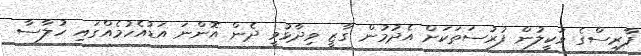
ފާރިސްގެ ވަކީލުން ފުރުސަތަކަށް އެދުމުން ގާޒީ ވިދާޅުވީ ދެން އޮންނަ އަޑުއެހުމެއްގައި ހުލާާސާ